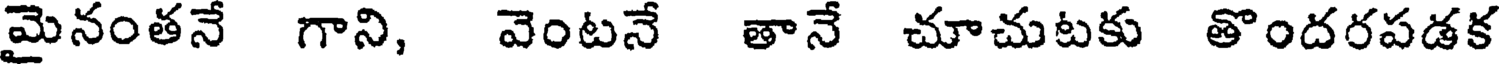
మైనంతనే గాని, వెంటనే తానే చూచుటకు తొందరపడక